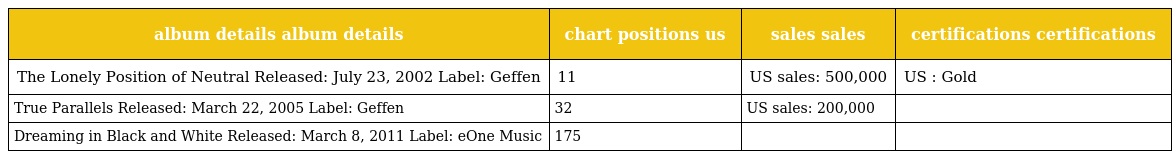
| album details album details | chart positions us | sales sales | certifications certifications |
 | --- | --- | --- | --- |
 | The Lonely Position of Neutral Released: July 23, 2002 Label: Geffen | 11 | US sales: 500,000 | US : Gold |
 | True Parallels Released: March 22, 2005 Label: Geffen | 32 | US sales: 200,000 |  |
 | Dreaming in Black and White Released: March 8, 2011 Label: eOne Music | 175 |  |  |